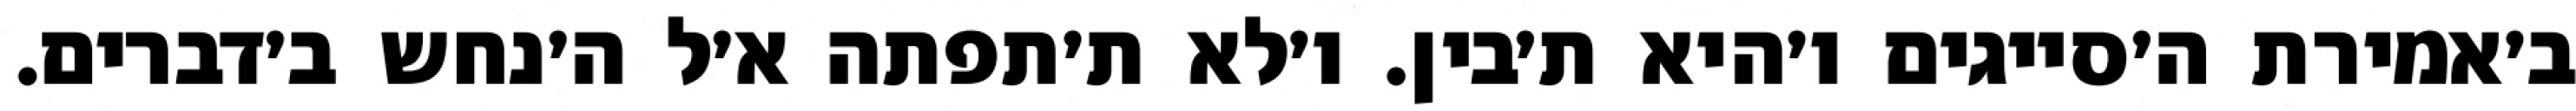
ב׳אמירת ה׳סייגים ו׳היא ת׳בין. ו׳לא ת׳תפתה א׳ל ה׳נחש ב׳דברים.